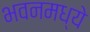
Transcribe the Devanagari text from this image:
भवनमध्ये